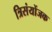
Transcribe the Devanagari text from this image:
त्रिसंयोंजक